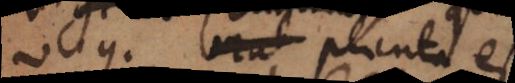
v.g. brut planta est